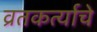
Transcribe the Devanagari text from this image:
व्रतकर्त्याचे